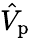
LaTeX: \hat{V}_{\mathrm{p}}